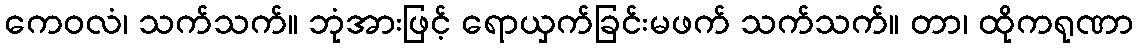
ကေဝလံ၊ သက်သက်။ ဘုံအားဖြင့် ရောယှက်ခြင်းမဖက် သက်သက်။ တာ၊ ထိုကရုဏာ